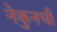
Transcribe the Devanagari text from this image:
नेकुनची